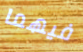
فيهما